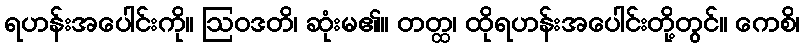
ရဟန်းအပေါင်းကို။ ဩဝဒတိ၊ ဆုံးမ၏။ တတ္ထ၊ ထိုရဟန်းအပေါင်းတို့တွင်။ ကေစိ၊